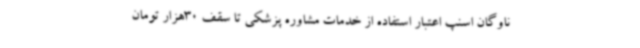
ناوگان اسنپ اعتبار استفاده از خدمات مشاوره پزشکی تا سقف 30هزار تومان